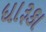
ધારૂકા